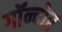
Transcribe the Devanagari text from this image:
गॉन्दोर